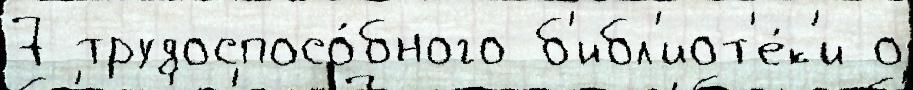
7 трудоспосо́бного б'ибл'иот'е́к'и о